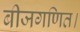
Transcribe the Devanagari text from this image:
बीजगणित।